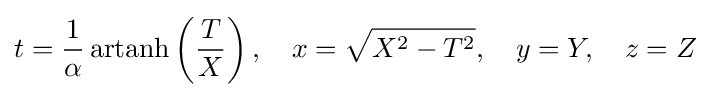
t={\frac {1}{\alpha }}\operatorname {artanh} \left({\frac {T}{X}}\right),\quad x={\sqrt {X^{2}-T^{2}}},\quad y=Y,\quad z=Z